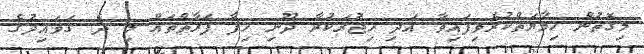
މިގޮތުން ހިމާޔަތްކުރެވިފައިިވާ އަދި ހިޖުރަކުރާ ދޫނި ހިފާ ފަރާތްތައް މި ދެ ގަވައިދުގެ